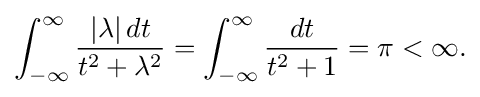
\displaystyle {\int _{-\infty }^{\infty }{|\lambda |\,dt \over t^{2}+\lambda ^{2}}=\int _{-\infty }^{\infty }{dt \over t^{2}+1}=\pi <\infty .}